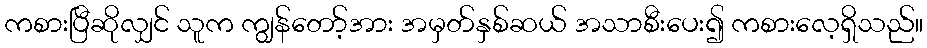
ကစားပြီဆိုလျှင် သူက ကျွန်တော့်အား အမှတ်နှစ်ဆယ် အသာစီးပေး၍ ကစားလေ့ရှိသည်။